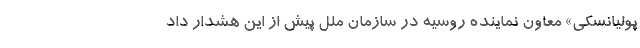
پولیانسکی» معاون نماینده روسیه در سازمان ملل پیش از این هشدار داد